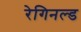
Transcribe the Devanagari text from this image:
रेगिनल्ड